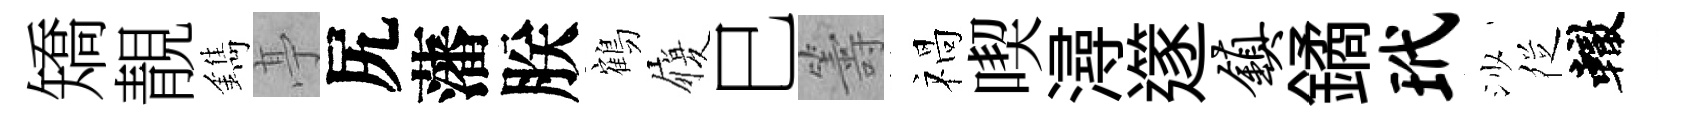
矯靚鐫𠅘尻藩朕鶴履巳籌禍喫潯𨗹镇鐍玳沙徔轍